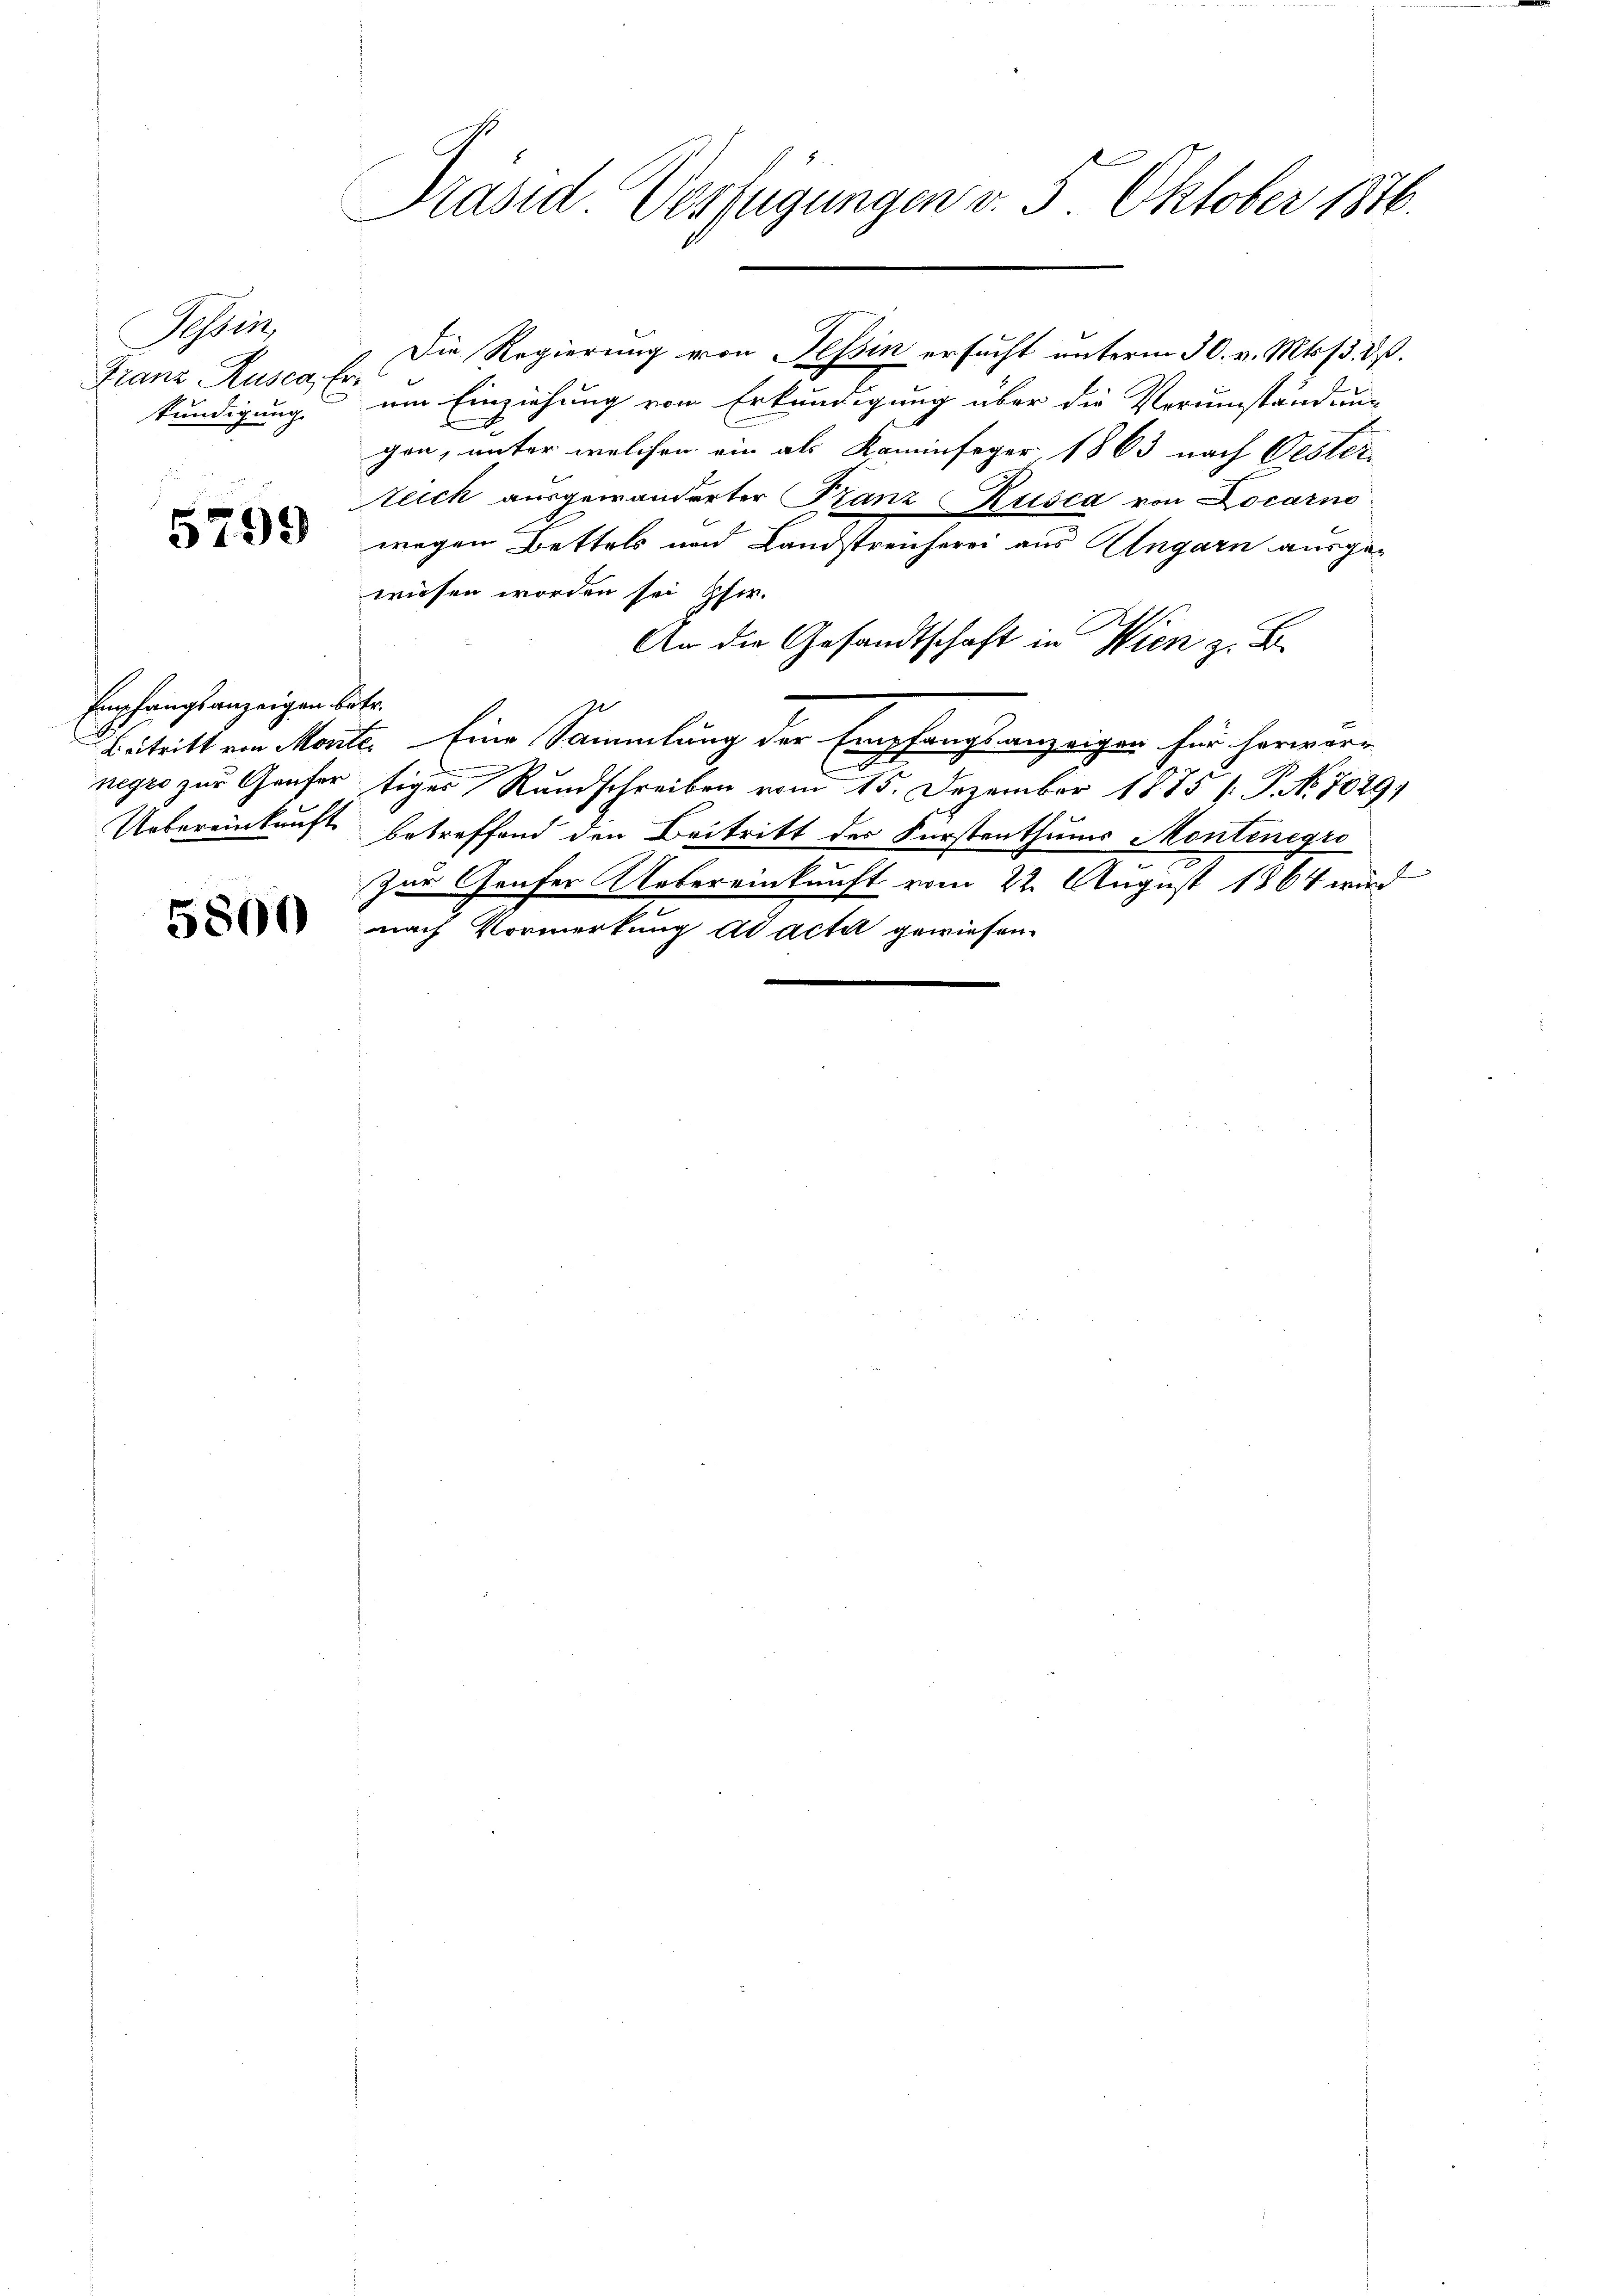
Sesser
Franz, Rusca, Erkundigung.

5799

Empfangsanzeigen betr.

5800

Präsid Verfügungen v. 5. Oktober 1876.

Die Regierung von Tessin ersucht unterm 30. v. Mts. 13. dß.
um Einziehung von Erkundigung über die Verumständung
E
gen, unter welchen ein als Kaminfeger, 1863 nach Oester-
Zeich ausgewanderter Franz Rusca von Locarno
wegen Bettels und Landstreicherei aus Ungarn ausgewiesen worden sei her.
An die Gesandtschaft in Wien z. B.
Beitritt von Monte. Eine Sammlung der Empfangsanzeigen für herwarr
negro zur Genfertiger Rundschreiben vom 15. Dezember 1885 1. P. No. 7029)
Uebereinkunft betreffend den Beitritt der Fürstenthums Montinegro
Zur Genfer Uebereinkunft vom 22. August 1864 wird
nach Vormerkung ad actil gewiesen.